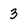
Character: 3